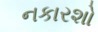
નકારશો